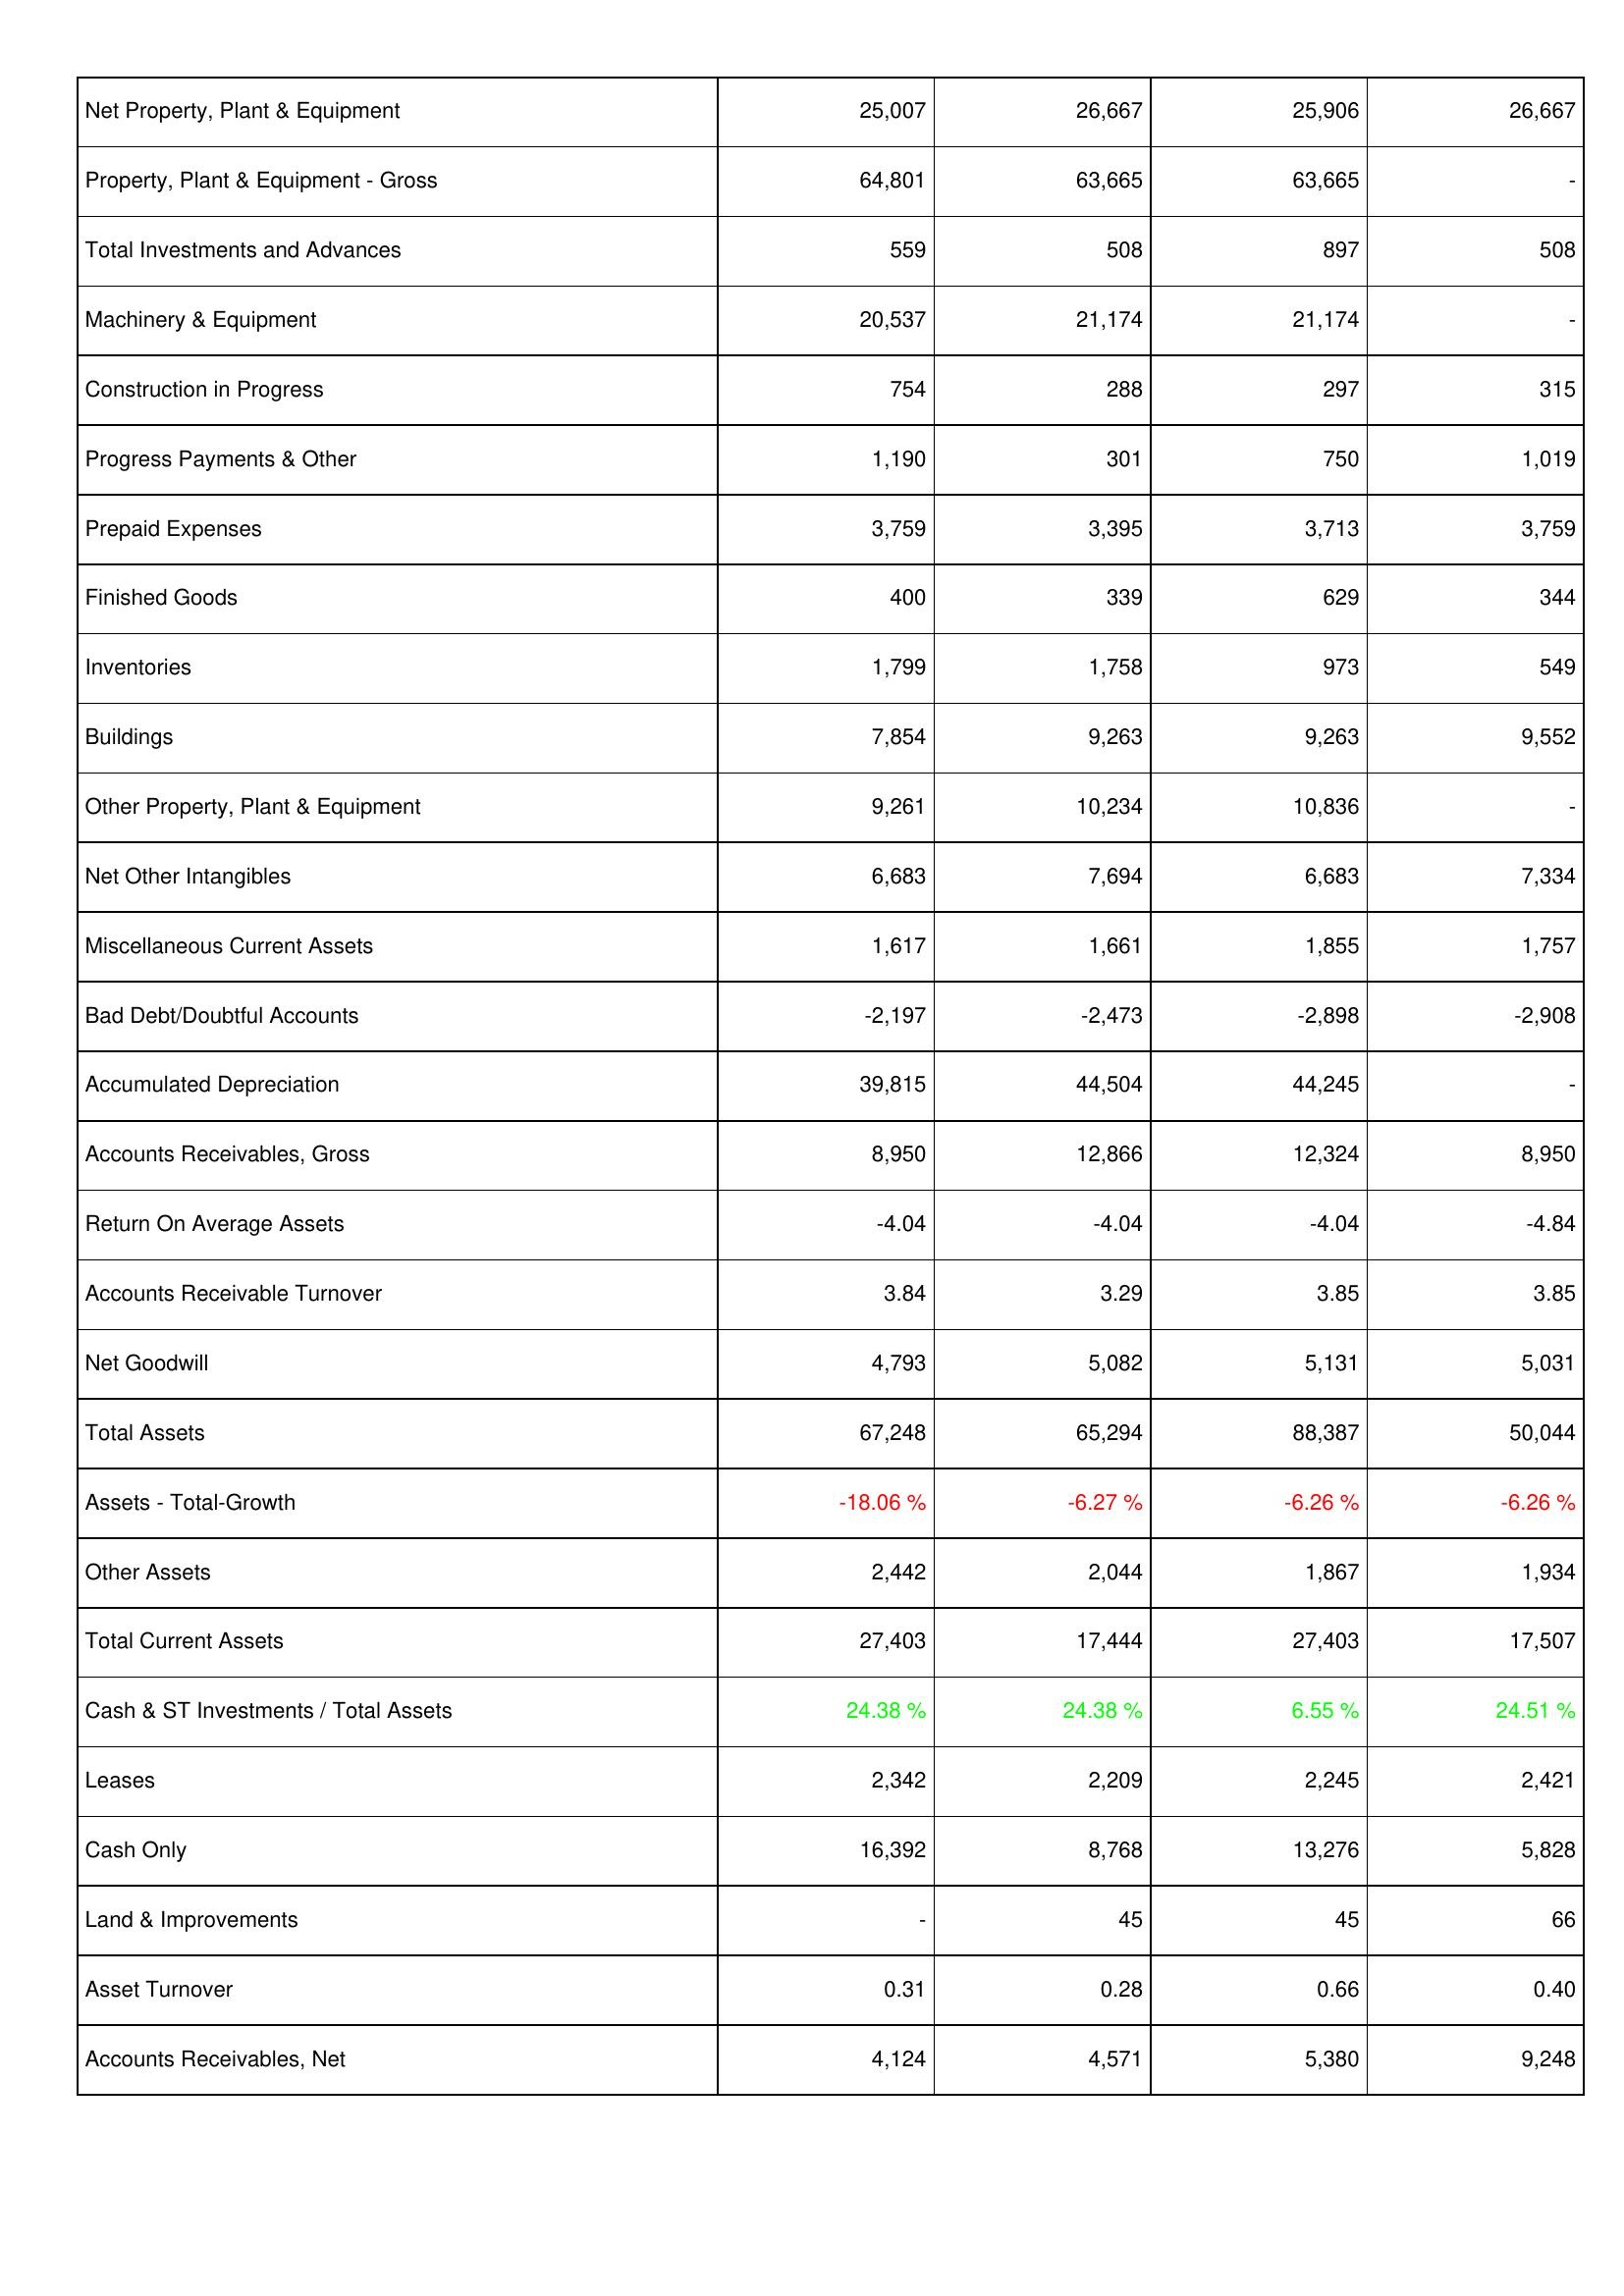
2009: Assets: Net Property, Plant & Equipment: 25,007
Property, Plant & Equipment - Gross: 64,801
Total Investments and Advances: 559
Machinery & Equipment: 20,537
Construction in Progress: 754
Progress Payments & Other: 1,190
Prepaid Expenses: 3,759
Finished Goods: 400
Inventories: 1,799
Buildings: 7,854
Other Property, Plant & Equipment: 9,261
Net Other Intangibles: 6,683
Miscellaneous Current Assets: 1,617
Bad Debt/Doubtful Accounts: -2,197
Accumulated Depreciation: 39,815
Accounts Receivables, Gross: 8,950
Return On Average Assets: -4.04
Accounts Receivable Turnover: 3.84
Net Goodwill: 4,793
Total Assets: 67,248
Assets - Total-Growth: -18.06 %
Other Assets: 2,442
Total Current Assets: 27,403
Cash & ST Investments / Total Assets: 24.38 %
Leases: 2,342
Cash Only: 16,392
Land & Improvements: -
Asset Turnover: 0.31
Accounts Receivables, Net: 4,124
2010: Assets: Net Property, Plant & Equipment: 26,667
Property, Plant & Equipment - Gross: 63,665
Total Investments and Advances: 508
Machinery & Equipment: 21,174
Construction in Progress: 288
Progress Payments & Other: 301
Prepaid Expenses: 3,395
Finished Goods: 339
Inventories: 1,758
Buildings: 9,263
Other Property, Plant & Equipment: 10,234
Net Other Intangibles: 7,694
Miscellaneous Current Assets: 1,661
Bad Debt/Doubtful Accounts: -2,473
Accumulated Depreciation: 44,504
Accounts Receivables, Gross: 12,866
Return On Average Assets: -4.04
Accounts Receivable Turnover: 3.29
Net Goodwill: 5,082
Total Assets: 65,294
Assets - Total-Growth: -6.27 %
Other Assets: 2,044
Total Current Assets: 17,444
Cash & ST Investments / Total Assets: 24.38 %
Leases: 2,209
Cash Only: 8,768
Land & Improvements: 45
Asset Turnover: 0.28
Accounts Receivables, Net: 4,571
2011: Assets: Net Property, Plant & Equipment: 25,906
Property, Plant & Equipment - Gross: 63,665
Total Investments and Advances: 897
Machinery & Equipment: 21,174
Construction in Progress: 297
Progress Payments & Other: 750
Prepaid Expenses: 3,713
Finished Goods: 629
Inventories: 973
Buildings: 9,263
Other Property, Plant & Equipment: 10,836
Net Other Intangibles: 6,683
Miscellaneous Current Assets: 1,855
Bad Debt/Doubtful Accounts: -2,898
Accumulated Depreciation: 44,245
Accounts Receivables, Gross: 12,324
Return On Average Assets: -4.04
Accounts Receivable Turnover: 3.85
Net Goodwill: 5,131
Total Assets: 88,387
Assets - Total-Growth: -6.26 %
Other Assets: 1,867
Total Current Assets: 27,403
Cash & ST Investments / Total Assets: 6.55 %
Leases: 2,245
Cash Only: 13,276
Land & Improvements: 45
Asset Turnover: 0.66
Accounts Receivables, Net: 5,380
2012: Assets: Net Property, Plant & Equipment: 26,667
Property, Plant & Equipment - Gross: -
Total Investments and Advances: 508
Machinery & Equipment: -
Construction in Progress: 315
Progress Payments & Other: 1,019
Prepaid Expenses: 3,759
Finished Goods: 344
Inventories: 549
Buildings: 9,552
Other Property, Plant & Equipment: -
Net Other Intangibles: 7,334
Miscellaneous Current Assets: 1,757
Bad Debt/Doubtful Accounts: -2,908
Accumulated Depreciation: -
Accounts Receivables, Gross: 8,950
Return On Average Assets: -4.84
Accounts Receivable Turnover: 3.85
Net Goodwill: 5,031
Total Assets: 50,044
Assets - Total-Growth: -6.26 %
Other Assets: 1,934
Total Current Assets: 17,507
Cash & ST Investments / Total Assets: 24.51 %
Leases: 2,421
Cash Only: 5,828
Land & Improvements: 66
Asset Turnover: 0.40
Accounts Receivables, Net: 9,248